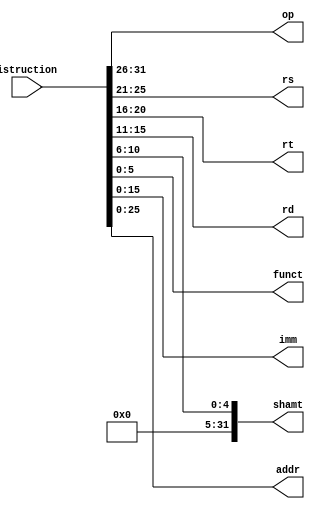
// This program was cloned from: https://github.com/Aurora2580/verilog
// License: MIT License

module Decoder(istruction, op, rs, rt, rd, shamt, funct, imm, addr);
input [31:0] istruction;
output [5:0] op;
output [4:0] rs;
output [4:0] rt;
output [4:0] rd;
output [31:0] shamt; //0
output [5:0] funct;
output [15:0] imm;
output [25:0] addr;


assign op = istruction[31:26];
assign rs = istruction[25:21];
assign rt = istruction[20:16];
assign rd = istruction[15:11];
assign shamt = {27'b0,istruction[10:6]}; 
assign funct = istruction[5:0];
assign imm = istruction[15:0];
assign addr = istruction[25:0];

endmodule